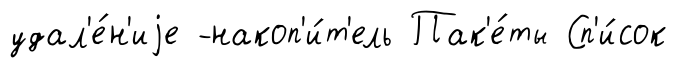
удал'е́н'иjе -накоп'и́т'ель Пак'е́ты Сп'и́сок